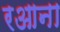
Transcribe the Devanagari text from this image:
रआना